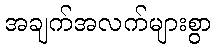
အချက်အလက်များစွာ